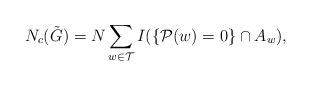
LaTeX: \begin{align*}N_c(\tilde{G}) = N \sum_{w \in {\cal T}} I(\{{\cal P}(w)=0\} \cap A_w),\end{align*}